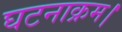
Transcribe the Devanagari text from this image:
घटनाक्रम।